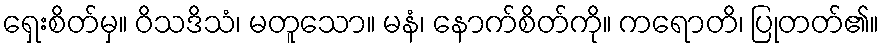
ရှေးစိတ်မှ။ ဝိသဒိသံ၊ မတူသော။ မနံ၊ နောက်စိတ်ကို။ ကရောတိ၊ ပြုတတ်၏။